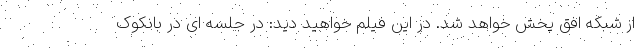
از شبکه افق پخش خواهد شد. در این فیلم خواهید دید: در جلسه ای در بانکوک